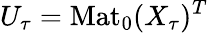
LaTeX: U_{\tau}=\mathrm{Mat}_{0}(X_{\tau})^{T}